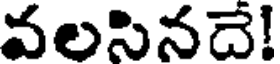
వలసినదే!